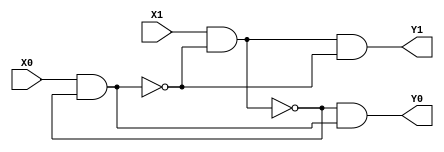
`timescale 1ns / 1ps
//////////////////////////////////////////////////////////////////////////////////
// Company: 
// Engineer: 
// 
// Design Name: 
// Module Name: Arbiter_2_Mutex
// Project Name: 
// Target Devices: 
// Tool Versions: 
// Description: 
// 
// Dependencies: 
// 
// Revision:
// Revision 0.01 - File Created
// Additional Comments:
// 
//////////////////////////////////////////////////////////////////////////////////


module Arbiter_2_Mutex(
    input wire X1,
    input wire X0,
    output wire Y1,
    output wire Y0
    );
    
    wire Q1, Q0;
    wire Qp1, Qp0;
    
    assign Q1 = ~(X1 & Q0);
    assign Q0 = ~(X0 & Q1);

    assign Y1 = (~Q1) & (Q0);
    assign Y0 = (Q1) & (~Q0);
    
endmodule